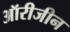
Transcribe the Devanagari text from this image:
ऑरीजीन